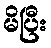
မိပြီး